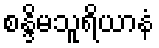
စန္ဒိမသူရိယာနံ